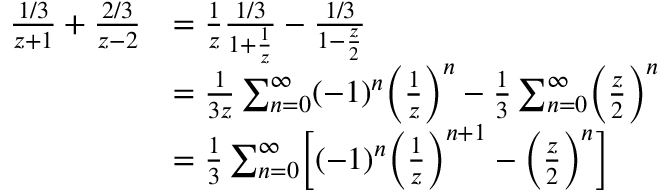
\begin{array} { r l } { \frac { 1 / 3 } { z + 1 } + \frac { 2 / 3 } { z - 2 } } & { = \frac { 1 } { z } \frac { 1 / 3 } { 1 + \frac { 1 } { z } } - \frac { 1 / 3 } { 1 - \frac { z } { 2 } } } \\ & { = \frac { 1 } { 3 z } \sum _ { n = 0 } ^ { \infty } ( - 1 ) ^ { n } \Bigl ( \frac { 1 } { z } \Bigr ) ^ { n } - \frac { 1 } { 3 } \sum _ { n = 0 } ^ { \infty } \Bigl ( \frac { z } { 2 } \Bigr ) ^ { n } } \\ & { = \frac { 1 } { 3 } \sum _ { n = 0 } ^ { \infty } \biggl [ ( - 1 ) ^ { n } \Bigl ( \frac { 1 } { z } \Bigr ) ^ { n + 1 } - \Bigl ( \frac { z } { 2 } \Bigr ) ^ { n } \biggr ] } \end{array}